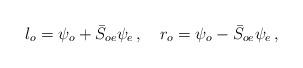
LaTeX: \begin{align*}l_{o}=\psi _{o}+\bar{S}_{oe}\psi _{e}\,,~~~r_{o}=\psi _{o}-\bar{S}_{oe}\psi_{e}\,, \end{align*}